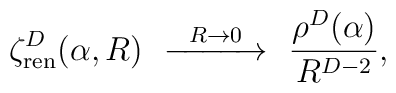
\zeta^D_{\rm ren}(\alpha,R)\ \ 	\smash{\mathop{\hbox to 1.3cm{\rightarrowfill}}\limits^{R\to 0}}		\ \ \frac{\rho^D(\alpha)}{R^{D-2}},